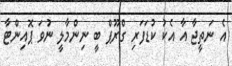
އެ ނަތީޖާ އާ އެކު ކުޑަފަރި ގްރޫޕް ބީ ނިންމާލީ ނުވަ ޕޮއިންޓާ